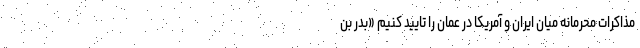
مذاکرات محرمانه میان ایران و آمریکا در عمان را تایید کنیم «بدر بن